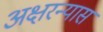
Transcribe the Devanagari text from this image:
अक्षरन्यास